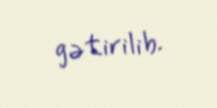
gətirilib.